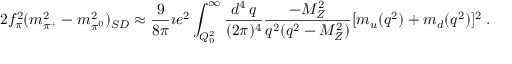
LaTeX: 2 f _ { \pi } ^ { 2 } ( m _ { \pi ^ { + } } ^ { 2 } - m _ { \pi ^ { 0 } } ^ { 2 } ) _ { S D } \approx \frac { 9 } { 8 \pi } \imath e ^ { 2 } \int _ { Q _ { 0 } ^ { 2 } } ^ { \infty } \frac { d ^ { 4 } \, q } { ( 2 \pi ) ^ { 4 } } \frac { - M _ { Z } ^ { 2 } } { q ^ { 2 } ( q ^ { 2 } - M _ { Z } ^ { 2 } ) } [ m _ { u } ( q ^ { 2 } ) + m _ { d } ( q ^ { 2 } ) ] ^ { 2 } \; .